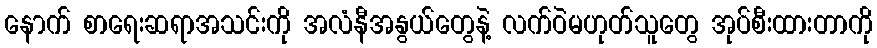
နောက် စာရေးဆရာအသင်းကို အလံနီအနွယ်တွေနဲ့ လက်ဝဲမဟုတ်သူတွေ အုပ်စီးထားတာကို